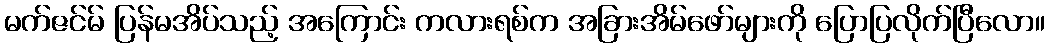
မက်ဇင်မ် ပြန်မအိပ်သည့် အကြောင်း ကလားရစ်က အခြားအိမ်ဖော်များကို ပြောပြလိုက်ပြီလော။